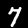
Label: 7